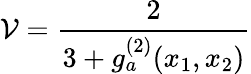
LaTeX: \mathcal{V}=\frac{2}{3+g_{a}^{(2)}(x_{1},x_{2})}